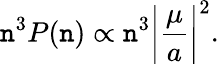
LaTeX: \mathtt{n}^{3}P(\mathtt{n})\propto\mathtt{n}^{3}\biggl\vert\frac{{\mu}}{{a}}\biggr\vert^{2}.